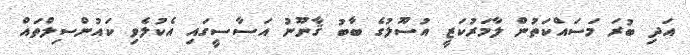
އަދި ބުރަ މަސައްކަތުން ލާމަރުކަޒީ އުސޫލުގެ ބާބު ޤާނޫނު އަސާސީގައި އެކުލެވި ކައުންސިލްތައް